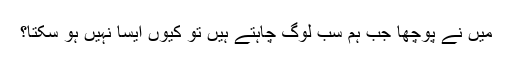
میں نے پوچھا جب ہم سب لوگ چاہتے ہیں تو کیوں ایسا نہیں ہو سکتا؟